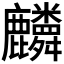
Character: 𪋷